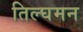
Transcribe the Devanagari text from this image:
तिल्घमन